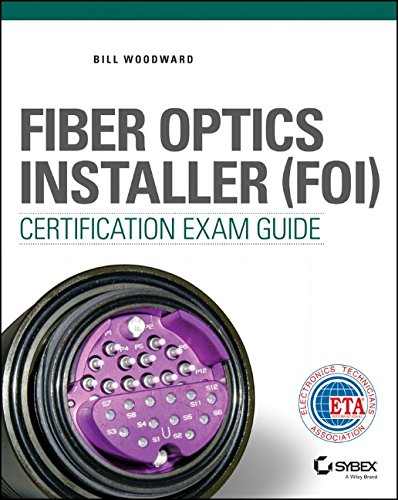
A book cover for Fiber Optics Installer (FOI) Certification Exam Guide; Bill Woodward; Computers & Technology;